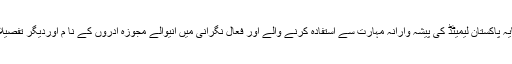
اجلاس میں فیصلہ کیاگیا کہ سرمایہ پاکستان کے بورڈ کے دوبارہ قیام اورسرمایہ پاکستان لیمیٹڈ کی پیشہ وارانہ مہارت سے استفادہ کرنے والے اور فعال نگرانی میں آنیوالے مجوزہ ادروں کے نا م اوردیگر تفصیلات کابینہ کی کمیٹی کے پروپوزل کے ذریعے وزیراعظم کو بجھوائی جائیگی۔